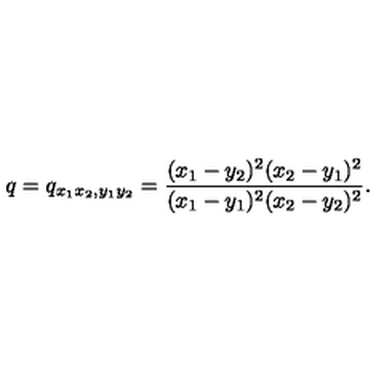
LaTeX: q = q _ { x _ { 1 } x _ { 2 } , y _ { 1 } y _ { 2 } } = \frac { ( x _ { 1 } - y _ { 2 } ) ^ { 2 } ( x _ { 2 } - y _ { 1 } ) ^ { 2 } } { ( x _ { 1 } - y _ { 1 } ) ^ { 2 } ( x _ { 2 } - y _ { 2 } ) ^ { 2 } } .